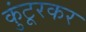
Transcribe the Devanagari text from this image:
कुंटूरकर